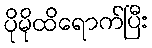
ပိုမိုထိရောက်ပြီး